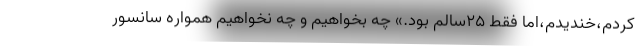
کردم،خندیدم،اما فقط ۲۵سالم بود.» چه بخواهيم و چه نخواهيم همواره سانسور